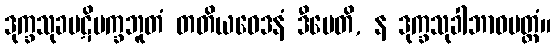
ဒုက္ခသုခပဋိပက္ခဘူတံ တတိယဝေဒနံ ဒီပေတိ, န ဒုက္ခသုခါဘာဝမတ္တံ။